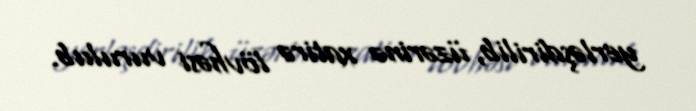
yerləşdirilib, üzərinə xatirə lövhəsi vurulub.